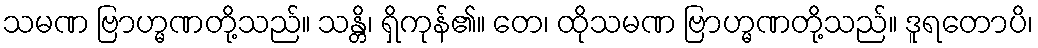
သမဏ ဗြာဟ္မဏတို့သည်။ သန္တိ၊ ရှိကုန်၏။ တေ၊ ထိုသမဏ ဗြာဟ္မဏတို့သည်။ ဒူရတောပိ၊